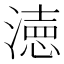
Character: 𭲓